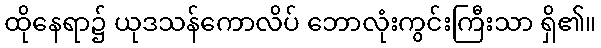
ထိုနေရာ၌ ယုဒသန်ကောလိပ် ဘောလုံးကွင်းကြီးသာ ရှိ၏။